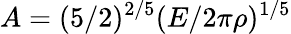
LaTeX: A=(5/2)^{2/5}(E/2\pi\rho)^{1/5}